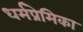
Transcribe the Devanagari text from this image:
धर्मप्रेमिका